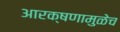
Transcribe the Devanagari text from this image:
आरक्षणामुळेच